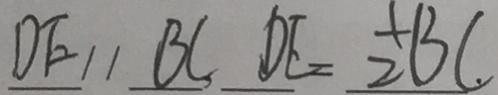
D E / / B C D E = 2 B C